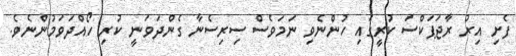
ފެށި އިރު ރާޖަޕަކްސަ ކުރީގައި ހުންނެވި ނަމަވެސް ސިރިސެނާ ގެންދަވަނީ ކުރި ހޯއްދަވަމުންނެވެ.